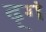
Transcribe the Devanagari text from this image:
ढ़्गं